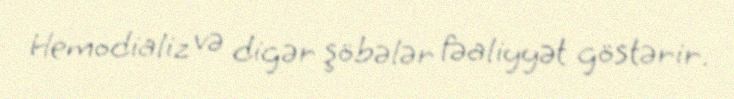
Hemodializ və digər şöbələr fəaliyyət göstərir.